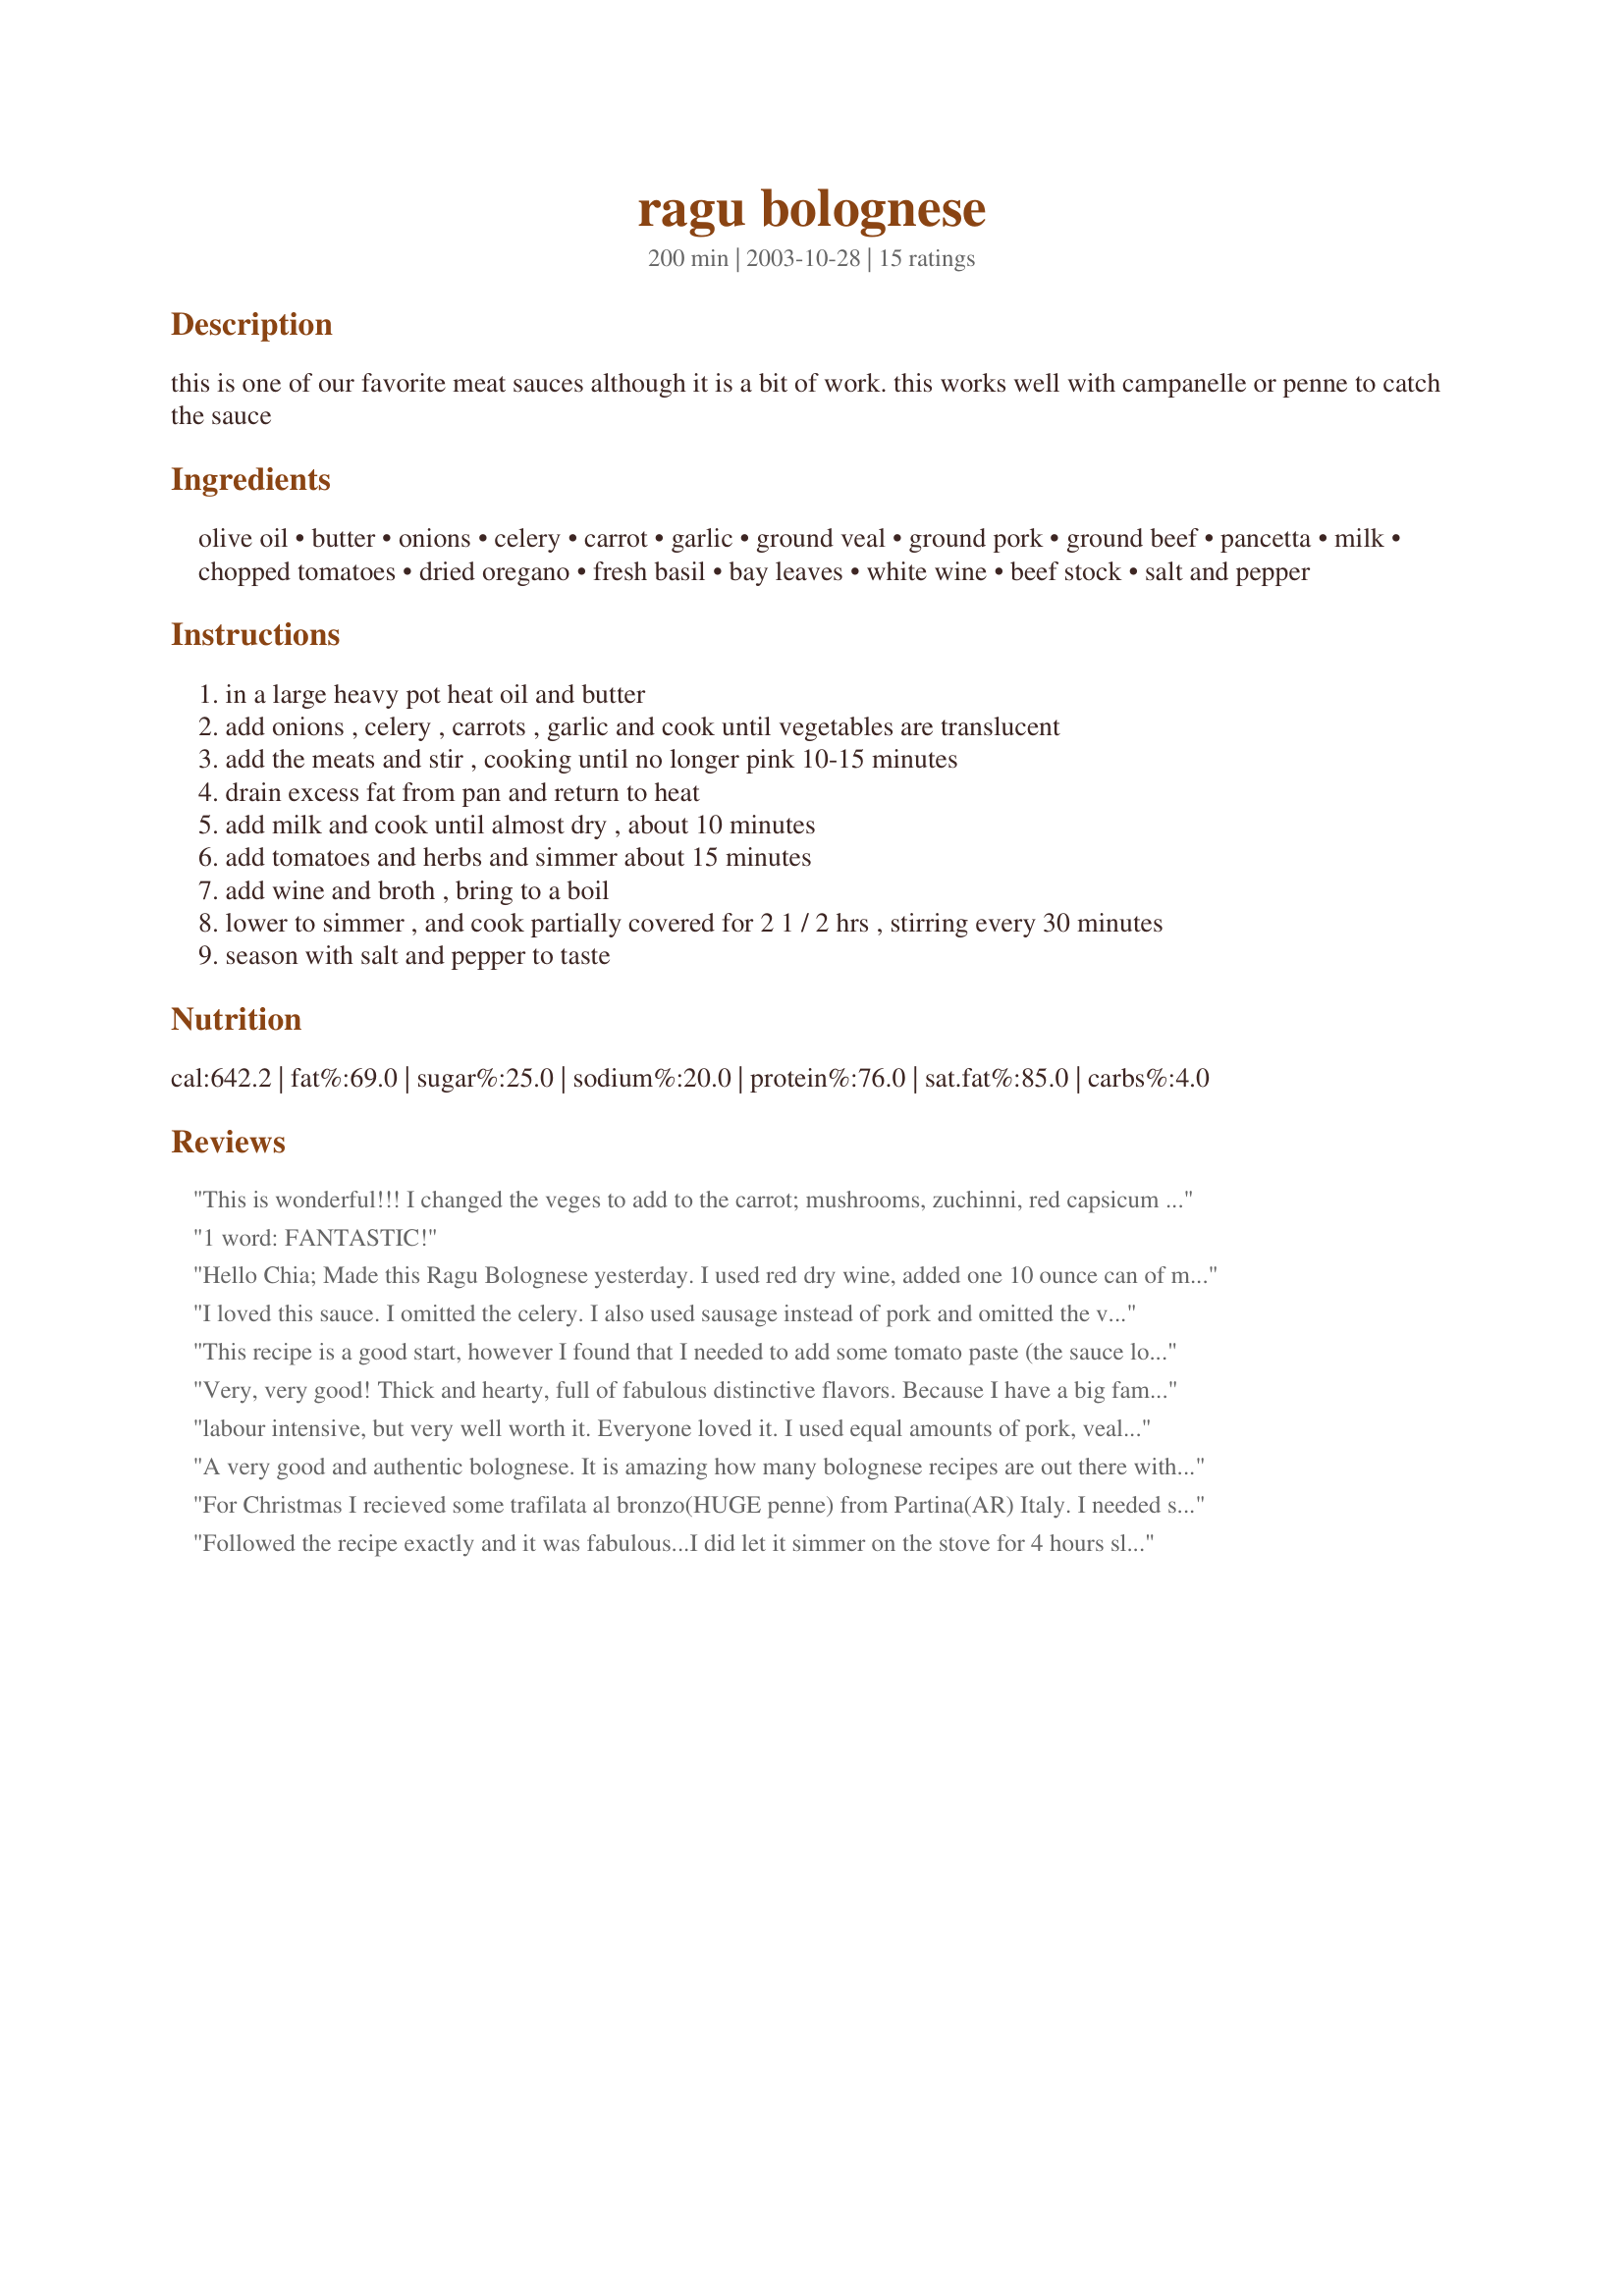
ragu bolognese
Preparation time: 200 minutes

this is one of our favorite meat sauces although it is a bit of work. this works well with campanelle or penne to catch the sauce

Ingredients:
olive oil, butter, onions, celery, carrot, garlic, ground veal, ground pork, ground beef, pancetta, milk, chopped tomatoes, dried oregano, fresh basil, bay leaves, white wine, beef stock, salt and pepper

Steps:
in a large heavy pot heat oil and butter
add onions , celery , carrots , garlic and cook until vegetables are translucent
add the meats and stir , cooking until no longer pink 10-15 minutes
drain excess fat from pan and return to heat
add milk and cook until almost dry , about 10 minutes
add tomatoes and herbs and simmer about 15 minutes
add wine and broth , bring to a boil
lower to simmer , and cook partially covered for 2 1 / 2 hrs , stirring every 30 minutes
season with salt and pepper to taste

Reviews:
This is wonderful!!! I changed the veges to add to the carrot; mushrooms, zuchinni, red capsicum and used a food processor to get it all chopped down and then instead of veal and pork mince I had only 1 polish sausage so I took the casings off that. Followed the recipe except I put it in my slow cooker for the 2 hrs cause my frypan didnt have a lid. So lovely with parmesan and garlic bread. Thanks heaps
1 word: FANTASTIC!
Hello Chia;
Made this Ragu Bolognese yesterday. I used red dry wine, added one 10 ounce can of mushroom bits & pieces, and the rest was as per your recipe. An absolutely delighful sauce. Prepared Penne Rigatti, Spinach Linguini and it went so well. I will freeze some and have another meal tonight, so good.
Thanks for sharing and it is Number One on my list of Sauces.
"Uncle Bill"
I loved this sauce. I omitted the celery. I also used sausage instead of pork and omitted the veal. I added cream and cooked penne with the sauce so I ended up adding more beef stock as well. I will make this all the time, the whole family loved it.
This recipe is a good start, however I found that I needed to add some tomato paste (the sauce looked more like a thin beef stew before this) and will probably add more next time. I also added 1/2 cup of cream for the last 20 minutes of cooking. The sauce had a great flavor, but I wanted more tomato in the sauce.
Very, very good! Thick and hearty, full of fabulous distinctive flavors. Because I have a big family I added more beef and pork. I did not use veal at all, subbing the beef and pork instead. Had to add more tomatoes due to the extra meat but otherwise followed the recipe as written. I might reduce the wine to 1/2 cup next time or perhaps choose a different brand. It seemed a bit overpowering to me and my family. Will compensate, of course, with other liquid. FABULOUS!!! Thanks for sharing!
labour intensive, but very well worth it. Everyone loved it. I used equal amounts of pork, veal and beef.
A very good and authentic bolognese. It is amazing how many bolognese recipes are out there without the milk. That is not bolognese....that is meat sauce. This has the milk and it makes such a difference! I added a pinch of sugar to cut the acidity of the wine and the tomato. I also added a 14oz can of petite diced tomatoes, for a little chunkiness. The pancetta makes the dish.
For Christmas I recieved some trafilata al bronzo(HUGE penne) from Partina(AR) Italy. I needed some huge sauce to go with and found this 5++++++ recipe.authentic rich and truly not hard to make. Put on some Bocelli, drink a little wine and enjoy the aroma therapy of a fab. sauce. My DH took leftovers. Thanks!
Followed the recipe exactly and it was fabulous...I did let it simmer on the stove for 4 hours slowly and it was perfect...
Very yummy. I made a few changes. My grocery store is very unpredictable and I couldn't get ground pork this week so I used turkey. I didn't use pancetta but I did use some chicken fat (shmaltz) to cook the veggies in. I also added some chicken liver to the mix (we had chicken the night b4 and I am use to adding this to my Bolognese anyway). I used Cento brand whole plum tomatoes since they are my favorite and just broke them apart with my hands as I dropped them in. I also used fresh herbs from my garden and lots of them and one large onion rather than the 2. I made this Sunday and then placed it in the fridge for Tuesday's dinner. Not b4 a taste tho, and I was very happy with that taste. We enjoyed the meal tho next time I think I will serve it the day I make it. Some sauces are better fresh others better after sitting. I think this (as most of this type) is better fresh. I now have the leftover sauce (enough for another full meal) in the freezer. I love a sauce like this over some wilted escarole but served with Penne as well. I'll be making this again. It was wonderful. Thanks for posting it.
My family had been requesting a bolognese-style dish and, happily, I chose this one. They just devoured it! Because my tastebuds happen to be extremely partial to 'red' sauces, I had planned to rate it based on their opinions only. As it turned out, though, even I enjoyed this a lot! 6 T. sounded like a bunch of basil, but I'm so glad I didn't skimp because it was the perfect amount. The little bits of pancetta were the best part, and I may increase that some next time. Thanks for sharing this excellent recipe, chia!
This was a nice bolognese sauce, albeit a little labor intensive. I had to sub bacon for pancetta as mine had expired and this seemed to work fine. Went nice over penne. Thanks!
This was incredible. We Loved it. The flavor seemed very authentic. Definately a keeper!
This is a great recipe. We also believe that bolognese needs dairy and are glad that we included this. The one addition we made was to add about a half cup of parmesan during the last 30 minutes of simmering. Based upon the other reviews, we increased the pancetta and used a little bit of extra basil from the garden. I'd love to tell you how this held up in the freezer, but it doesn't look like it'll make it there. Thanks, Chia.
